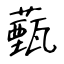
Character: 薽